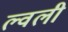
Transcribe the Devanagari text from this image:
ल्वली